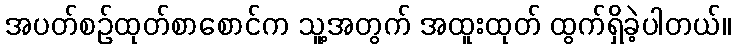
အပတ်စဉ်ထုတ်စာစောင်က သူ့အတွက် အထူးထုတ် ထွက်ရှိခဲ့ပါတယ်။